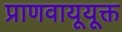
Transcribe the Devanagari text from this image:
प्राणवायूयूक्त